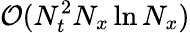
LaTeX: \mathcal{O}(N_{t}^{2}N_{x}\ln N_{x})